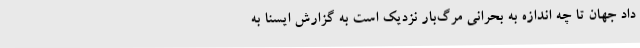
داد جهان تا چه اندازه به بحرانی مرگ‌بار نزدیک است به گزارش ایسنا به